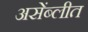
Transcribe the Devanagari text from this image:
असेंब्लीत